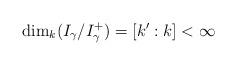
LaTeX: \begin{align*}\dim_k(I_{\gamma}/I_{\gamma}^+)= [k':k]< \infty\end{align*}